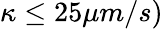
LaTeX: \kappa\leq 25\mu m/s)